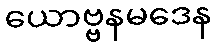
ယောဗ္ဗနမဒေန